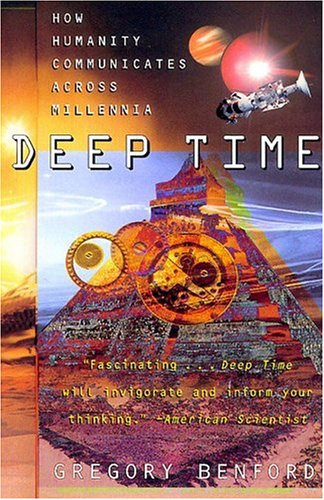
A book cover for Deep Time: How Humanity Communicates Across Millennia; Gregory Benford; Science & Math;